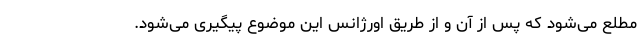
مطلع می‌شود که پس از آن و از طریق اورژانس این موضوع پیگیری می‌شود.